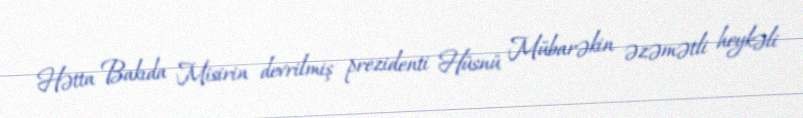
Hətta Bakıda Misirin devrilmiş prezidenti Hüsnü Mübarəkin əzəmətli heykəli